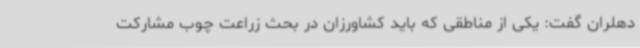
دهلران گفت: یکی از مناطقی که باید کشاورزان در بحث زراعت چوب مشارکت